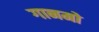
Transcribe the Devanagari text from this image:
गानमो